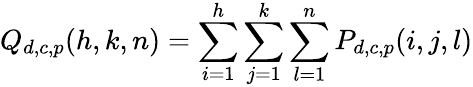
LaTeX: Q_{d,c,p}(h,k,n)=\sum_{i=1}^{h}\sum_{j=1}^{k}\sum_{l=1}^{n}P_{d,c,p}(i,j,l)